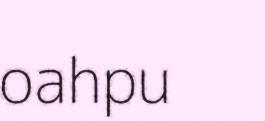
oahpu